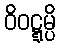
ဝိဝဋ္ဋမ္ပိ